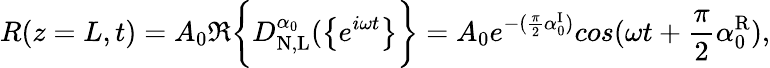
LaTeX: R(z=L,t)=A_{0}\Re\bigg\{ {D_{\mathrm{N,L}}^{\alpha_{0}}(\big\{ {e^{i\omega t}\big\} }\bigg\} }=A_{0}e^{-(\frac{\pi}{2}\alpha_{0}^{\mathrm{I}})}cos(\omega t+\frac{\pi}{2}\alpha_{0}^{\mathrm{R}}),